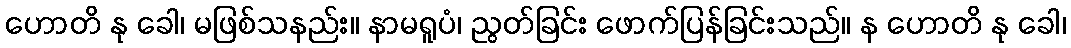
ဟောတိ နု ခေါ၊ မဖြစ်သနည်း။ နာမရူပံ၊ ညွတ်ခြင်း ဖောက်ပြန်ခြင်းသည်။ န ဟောတိ နု ခေါ၊